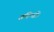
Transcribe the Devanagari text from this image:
संदिग्धों।